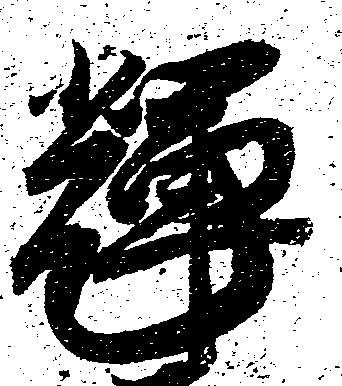
輝